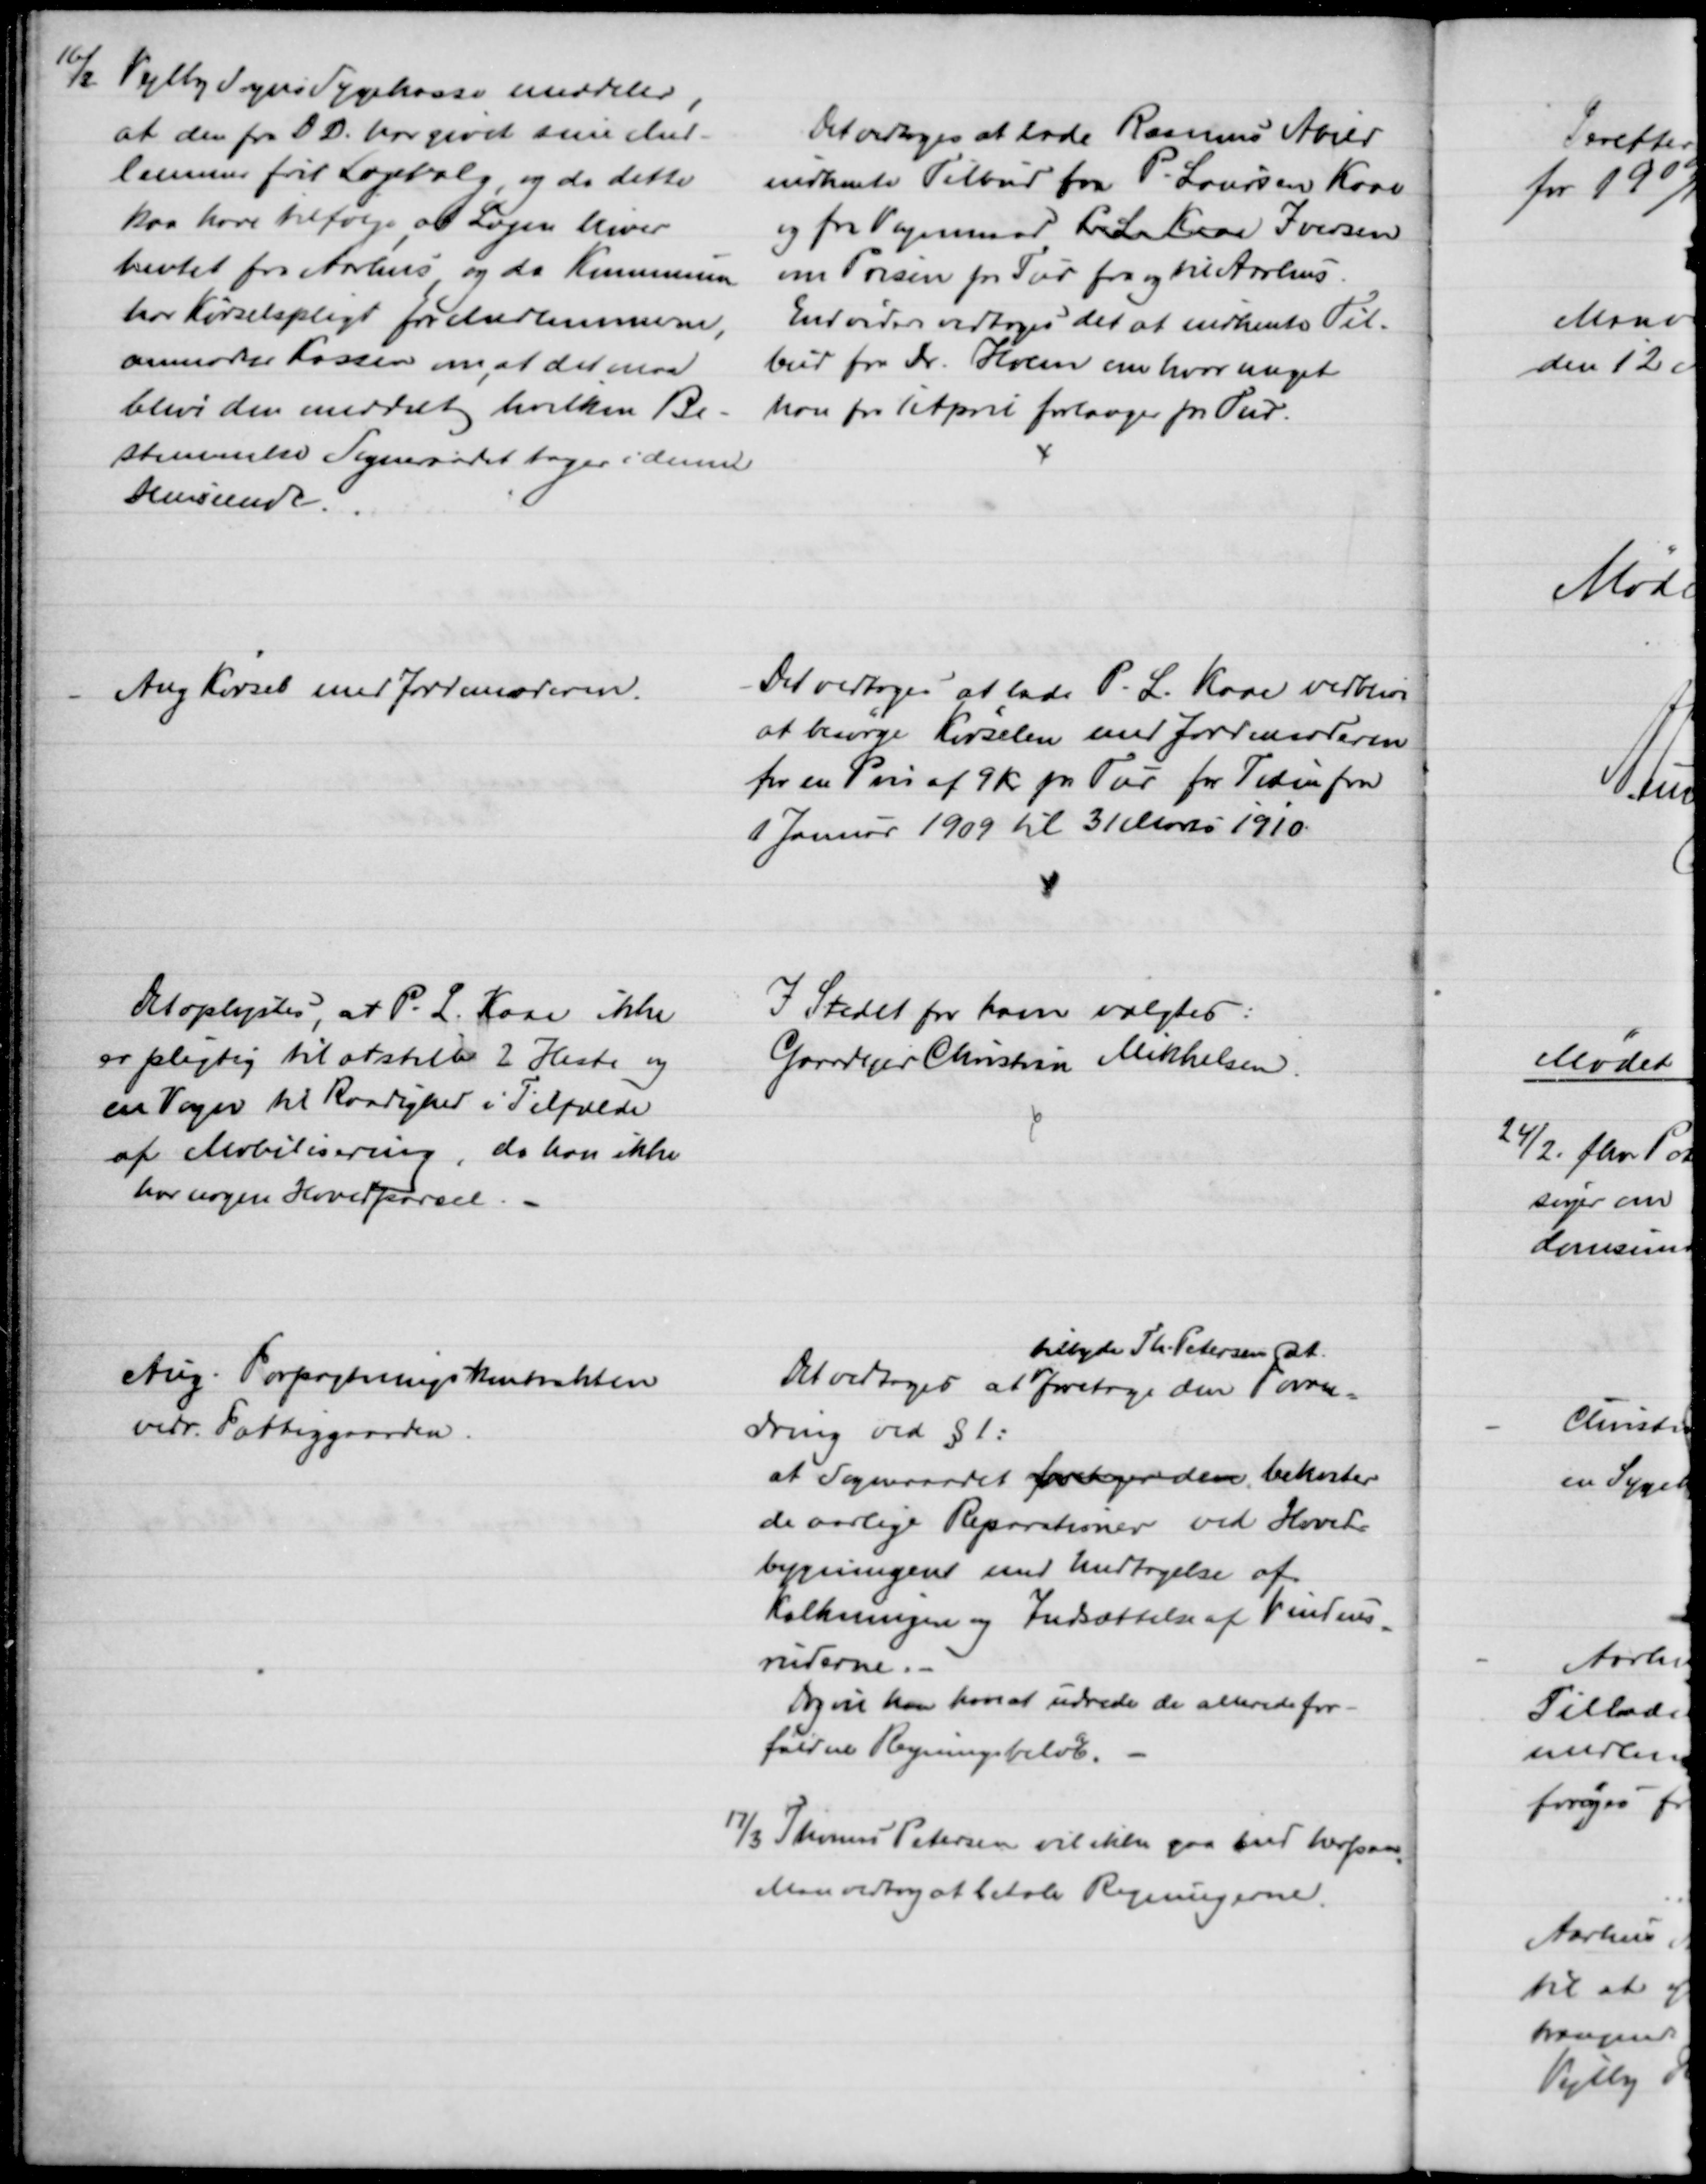
Transskription:
16/2
Vejlby Sogns Sygekasse meddeler,
at den fra D. D. har givet sine Med-
lemmer frit Lægevalg, og da dette
kan have tilfølge, at Lægen bliver
hentet fra Aarhus, og da Kommunen
har Kørselspligt for Medlemmerne,
anmoder Kassen om, at det maa
blive den meddelt hvilken Be-
stemmelse Sognerådet tager i denne
Henseende.
Det vedtoges at lade Rasmus Abild
indhente Tilbud fra P. Laursen Kaae
og fra Vognmand P L Kaae Iversen
om Prisen for Tur fra og til Aarhus.
Endvidere vedtoges det at indhente Til-
bud fra Dr. Holm om hvor meget
han fra 1 April forlanger pr Tur.
Ang Kørsel med Jordemoderen.
Det vedtoges at lade P. L. Kaae vedblive
at besørge Kørselen med Jordemoderen
for en Pris af 9 Kr pr Tur for Tiden fra
1 Januar 1909 til 31 Marts 1910.
Det oplystes, at P. L. Kaae ikke
er pligtig til at stille 2 Heste og 
en Vogn til Raadighed i Tilfælde
af Mobilisering, da han ikke
har nogen Hovedparsel.
I Stedet for ham valgtes:
Gaardejer Christian Mikkelsen.
Ang. Forpagtningskontrakten
vedr. Fattiggaarden.
Det vedtoges at 
tilbyde Th. Petersen at.
foretage den Foran=
dring ved § 1:
at Sogneraadet foretager den bekoster
de aarlige Reparationer ved Hoved-
bygningen med Undtagelse af 
Kalkningen og Indsættelse af Vindues
=
ruderne.
Dog vil han have at udrede de allerede for-
faldne Regningsbeløb.
17/3 Thomas Petersen vil ikke gaa ind herpaa
Man vedtog at betale Regningerne.